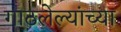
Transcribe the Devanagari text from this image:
गाठलेल्यांच्या